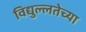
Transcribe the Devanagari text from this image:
विद्युल्लतेच्या